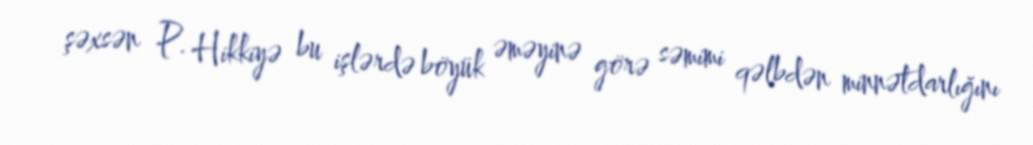
şəxsən P. Hikkiyə bu işlərdə böyük əməyinə görə səmimi qəlbdən minnətdarlığını